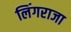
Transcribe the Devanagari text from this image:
लिंगराजा